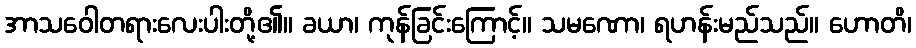
အာသဝေါတရားလေးပါးတို့၏။ ခယာ၊ ကုန်ခြင်းကြောင့်။ သမဏော၊ ရဟန်းမည်သည်။ ဟောတိ၊